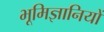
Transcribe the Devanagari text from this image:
भूमिज्ञानियों